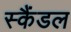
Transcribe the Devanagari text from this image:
स्‍कैंडल